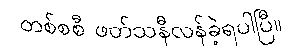
တစ်စစီ ဖတ်သနီလန်ခဲ့ရပါပြီ။